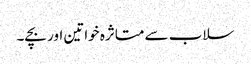
سلاب سے متاثرہ خواتین اور بچے۔